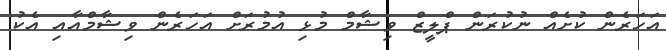
އަހަރެން ކުށެއް ނުކުރަން ޕްލީޒް ވިޝާމް މުޅި އުމުރަށް އަހަރެން ވިޝާމްއާއި އެކު